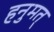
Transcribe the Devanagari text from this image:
हनुमत्